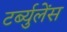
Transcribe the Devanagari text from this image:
टर्ब्युलेंस